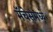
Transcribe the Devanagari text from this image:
मॅचेसमध्ये